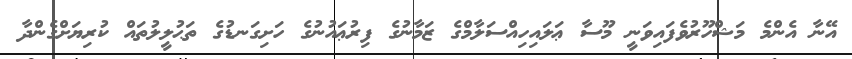
އޭނާ އެންމެ މަޝްހޫރުވެފައިވަނީ މޫސާ ޢަލައިހިއްސަލާމްގެ ޒަމާނުގެ ފިރުޢައުނުގެ ހަށިގަނޑުގެ ތަޙުލީލުތައް ކުރިޔަށްގެންދާ